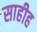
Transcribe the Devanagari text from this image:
साहीह